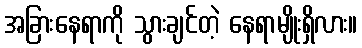
အခြားနေရာကို သွားချင်တဲ့ နေရာမျိုးရှိလား။